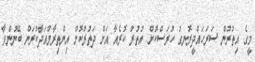
މީގެ އިތުރުން ސަރަހައްދީރޮނގު ހުރަސްކޮށް އުތުރު ކޮރެއާ އަށް ދަތުރުކޮށް އިންތިރާމްއަދާކުރަން ބޭނުންވާ